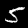
Digit: 5